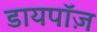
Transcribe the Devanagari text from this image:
डायपॉज़